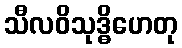
သီလဝိသုဒ္ဓိဟေတု